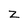
Character: z